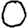
Digit: 0